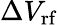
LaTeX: \Delta V_{\textrm{rf}}